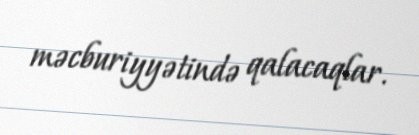
məcburiyyətində qalacaqlar.